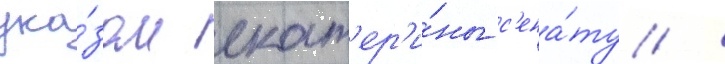
ука́зом екат'ер'и́ны с'ена́ту /